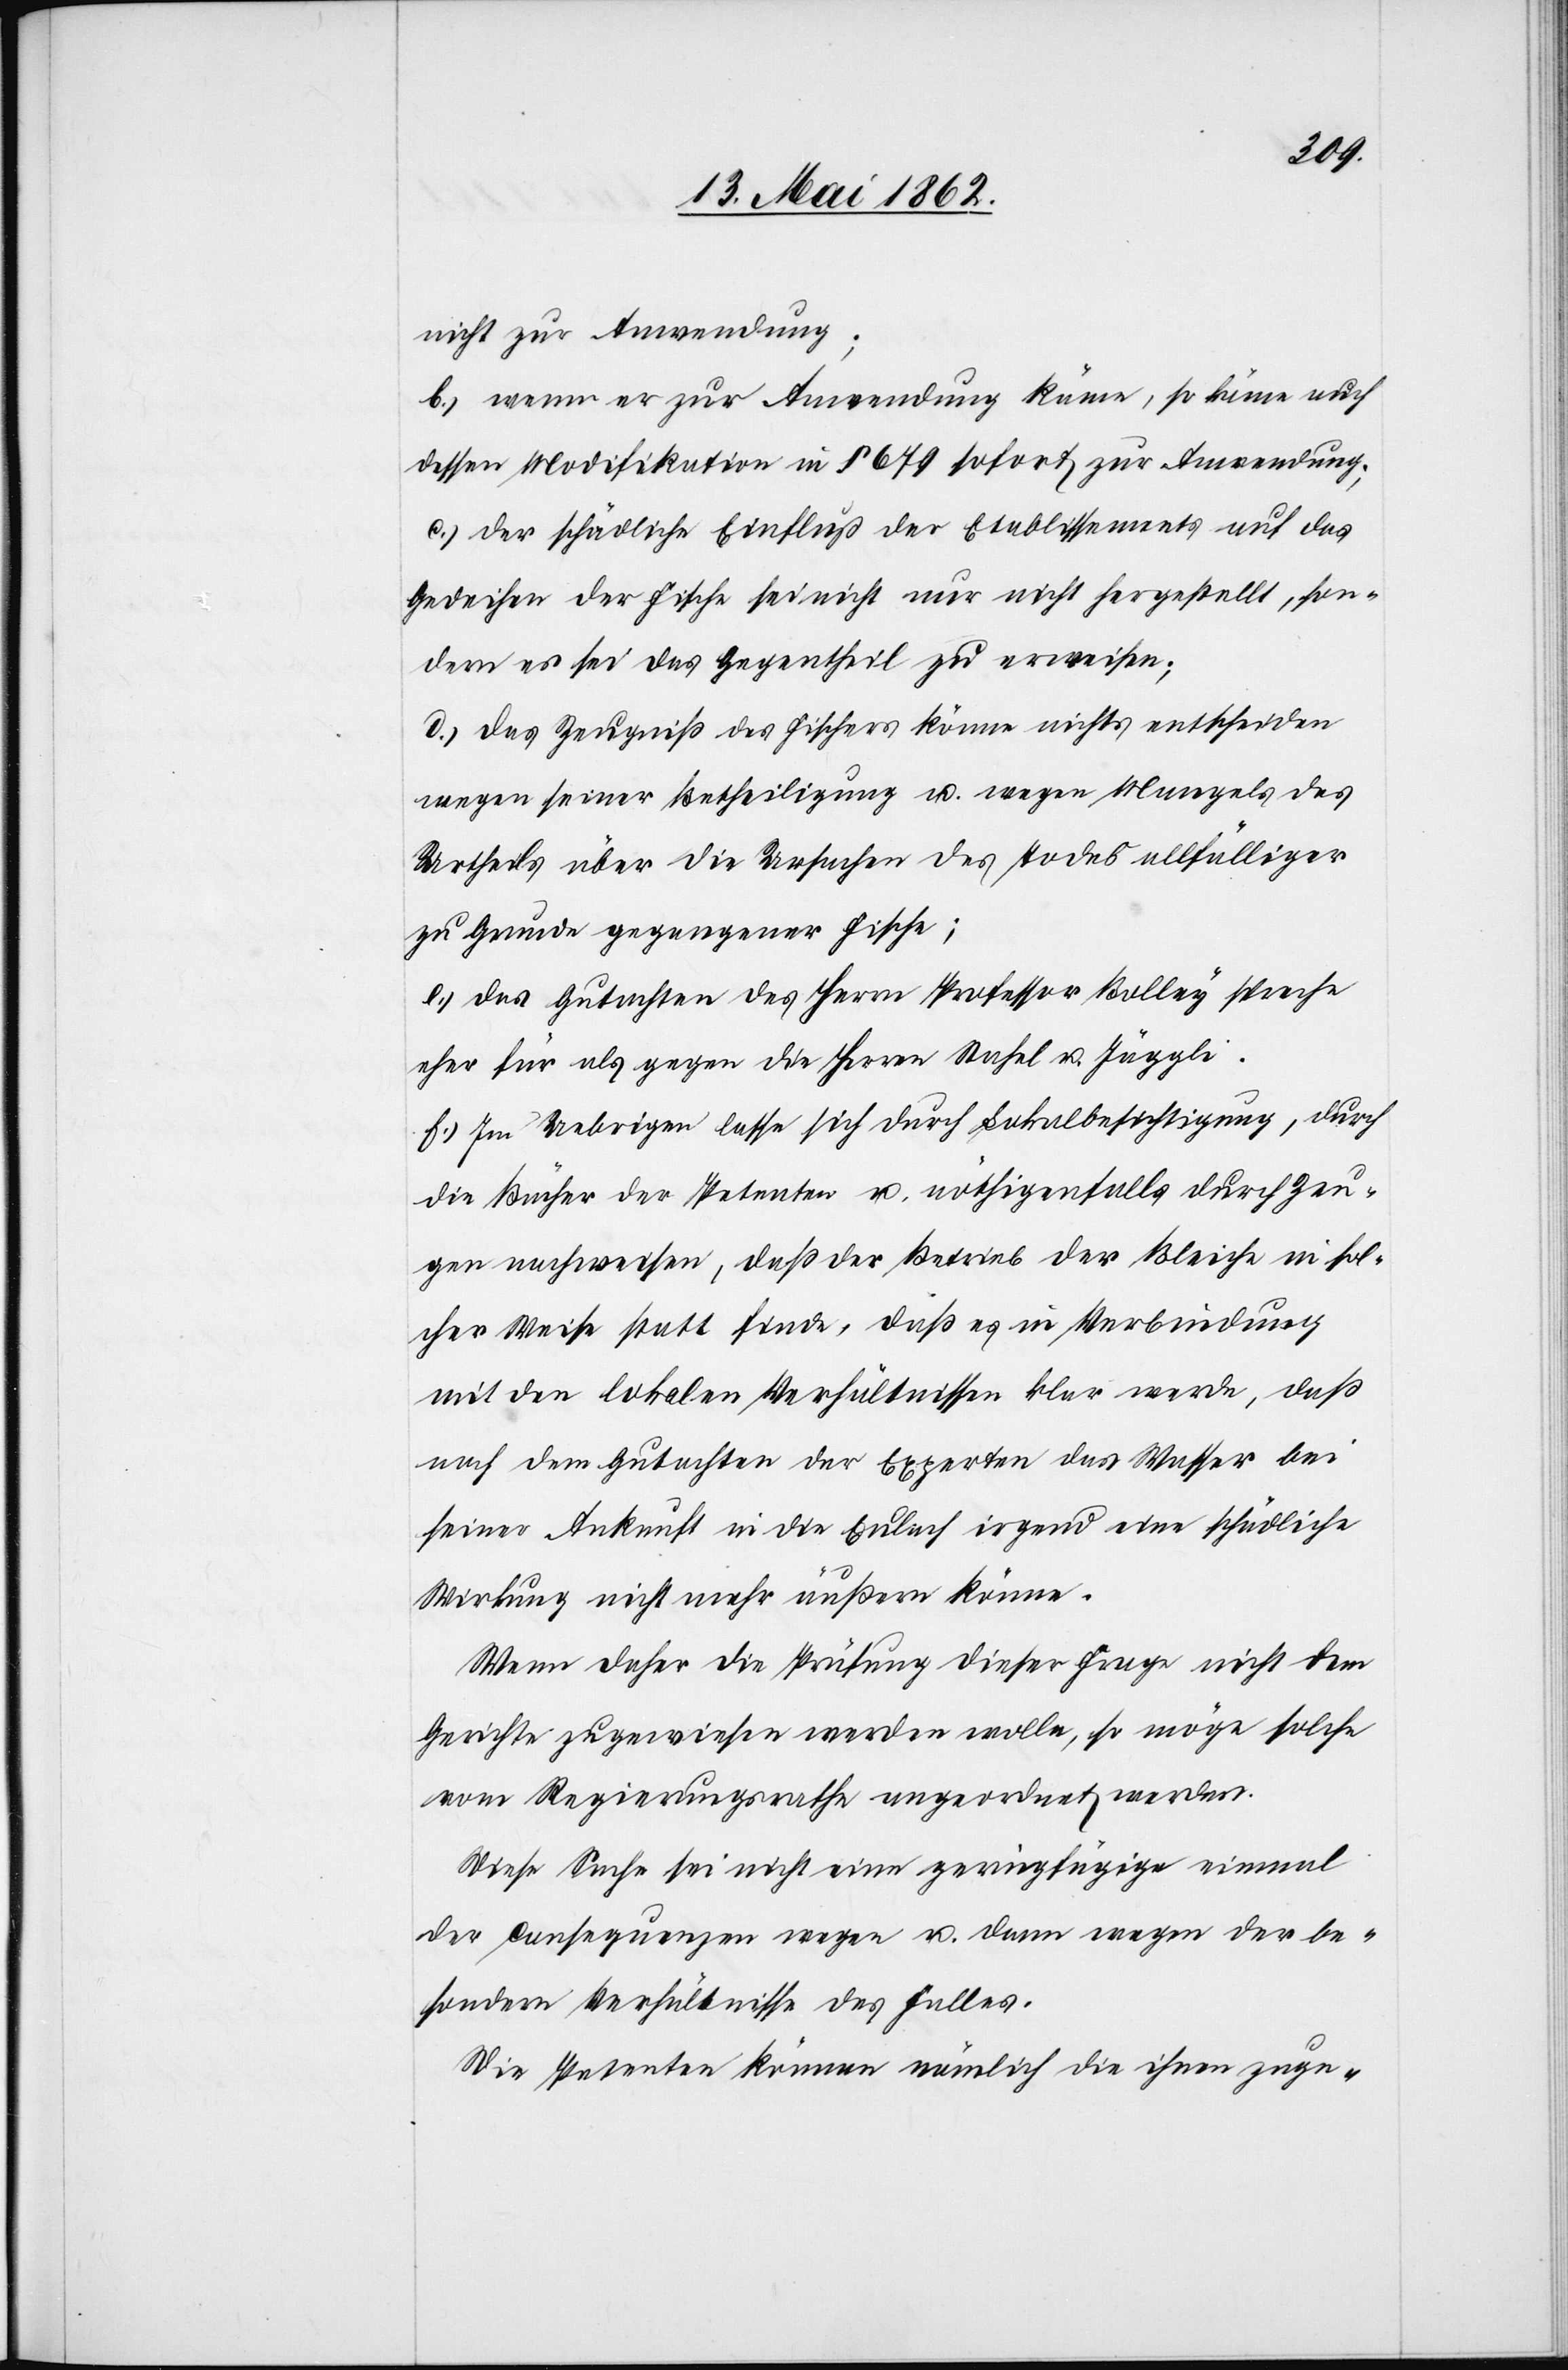
nicht zur Anwendung;
b) wenn er zur Anwendung käme, so käme auch
dessen Modifikation in § 679 sofort zur Anwendung;
c) der schädliche Einfluß der Etablisseme[n]ts auf das
Gedeihen der Fische sei nicht nur nicht hergestellt, son¬
dern es sei das Gegentheil zu erweisen;
d) das Zeugniß des Fischers könne nichts entscheiden
wegen seiner Betheiligung u. wegen Mangels des
Urtheils über die Ursachen des Todes allfälliger
zu Grunde gegangener Fische;
e) das Gutachten des Herrn Professor Bolley spreche
eher für als gegen die Herren Stahel u. Jäggli.
f) Im Uebrigen lasse sich durch Lokalbesichtigung, durch
die Bücher der Petenten u. nöthigenfalls durch Zeu¬
gen nachweisen, daß der Betrieb der Bleiche in folg¬
ender Weise statt finde, daß es in Verbindung
mit den lokalen Verhältnissen klar werde, daß
nach dem Gutachten der Experten das Wasser bei
seiner Ankunft in die Eulach irgend eine schädliche
Wirkung nicht mehr äußern könne.
Wenn daher die Prüfung dieser Frage nicht dem
Gerichte zugewiesen werden wolle, so möge solche
vom Regierungsrathe angeordnet werden.
Diese Sache sei nicht eine geringfügige einmal
der Consequenzen wegen u. dann wegen der be¬
sondern Verhältnisse des Falles.
Die Petenten können nämlich die ihnen zuge-